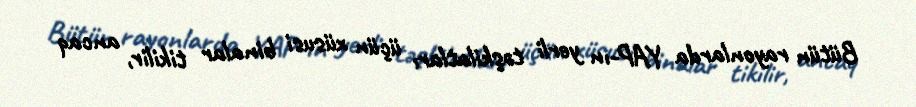
Bütün rayonlarda YAP-ın yerli təşkilatları üçün xüsusi binalar tikilir, ancaq